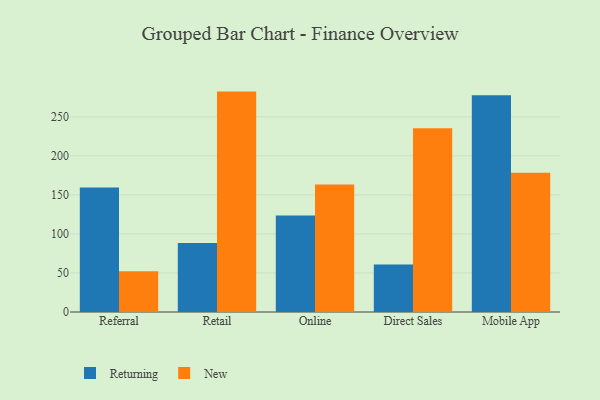
{"axis": {"x": "Channel", "y": "LTV (USD)"}, "legend": ["New", "Returning"], "data": [{"x": "Referral", "y": 159.4, "type": "Returning"}, {"x": "Referral", "y": 52.3, "type": "New"}, {"x": "Retail", "y": 88.4, "type": "Returning"}, {"x": "Retail", "y": 282.2, "type": "New"}, {"x": "Online", "y": 123.6, "type": "Returning"}, {"x": "Online", "y": 163.2, "type": "New"}, {"x": "Direct Sales", "y": 60.8, "type": "Returning"}, {"x": "Direct Sales", "y": 235.2, "type": "New"}, {"x": "Mobile App", "y": 277.4, "type": "Returning"}, {"x": "Mobile App", "y": 178.3, "type": "New"}]}